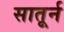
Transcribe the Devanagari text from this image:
सातूर्न